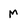
Character: M